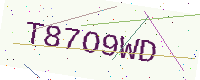
Text: T87O9WD